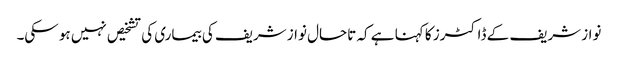
نواز شریف کے ڈاکٹرز کا کہنا ہے کہ تاحال نواز شریف کی بیماری کی تشخیص نہیں ہو سکی۔